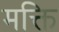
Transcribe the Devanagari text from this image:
मक्ति